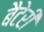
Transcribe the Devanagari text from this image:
बैटेरी